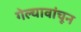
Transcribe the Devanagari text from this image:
गेल्यावांचून